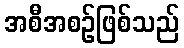
အစီအစဉ်ဖြစ်သည်